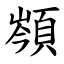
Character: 䫈